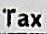
TAX